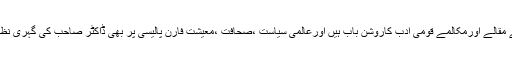
ان کے مقالے اورمکالمے قومی ادب کاروشن باب ہیں اورعالمی سیاست ،صحافت ،معیشت فارن پالیسی پر بھی ڈاکٹر صاحب کی گہری نظر ہے۔